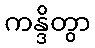
ကန္ဒိတွာ